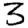
Digit: 3